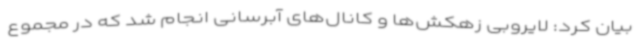
بیان کرد: لایروبی زهکش‌ها و کانال‌های آبرسانی انجام شد که در مجموع